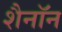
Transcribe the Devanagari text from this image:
शैनॉन